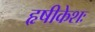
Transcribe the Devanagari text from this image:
हृषीकेशः